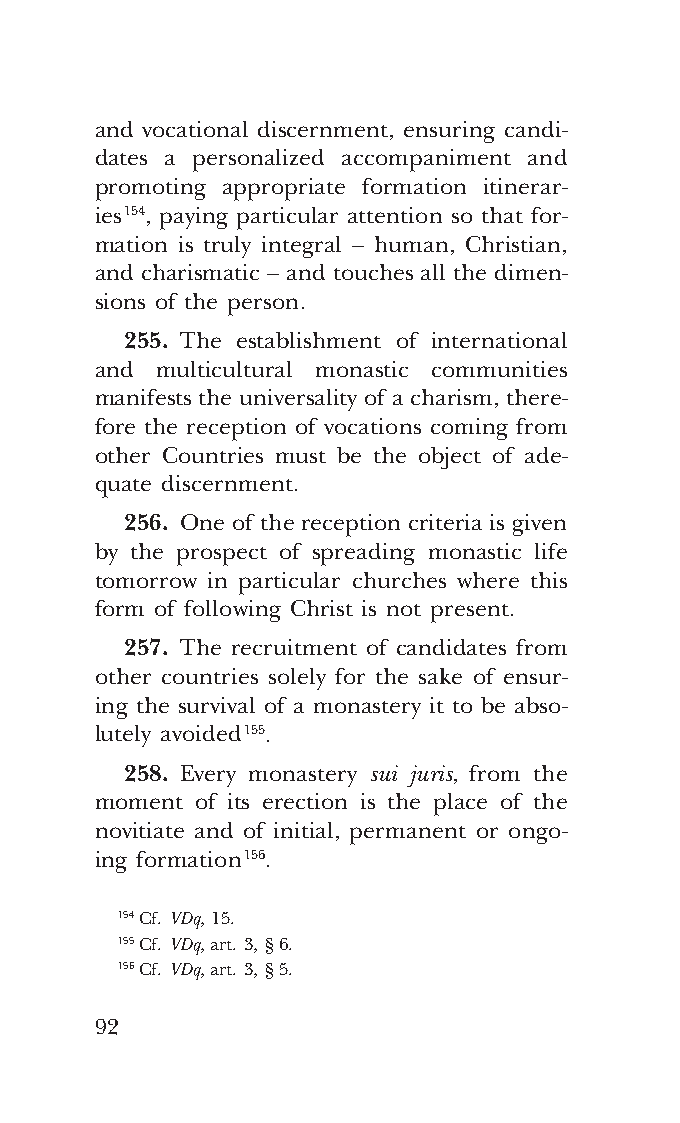
COR ORANS – NUOVO FORMATO – INGLESE 2ª BOZZA – 24 maggio 2018 – 11:12
 and vocational discernment, ensuring candi-
 dates a personalized accompaniment and
 promoting appropriate formation itinerar-
 ies 154, paying particular attention so that for-
 mation is truly integral – human, Christian,
 and charismatic – and touches all the dimen-
 sions of the person.
 255. The establishment of international
 and multicultural monastic communities
 manifests the universality of a charism, there-
 fore the reception of vocations coming from
 other Countries must be the object of ade-
 quate discernment.
 256. One of the reception criteria is given
 by the prospect of spreading monastic life
 tomorrow in particular churches where this
 form of following Christ is not present.
 257. The recruitment of candidates from
 other countries solely for the sake of ensur-
 ing the survival of a monastery it to be abso-
 lutely avoided 155.
 258. Every monastery sui juris, from the
 moment of its erection is the place of the
 novitiate and of initial, permanent or ongo-
 ing formation 156.
 154 Cf. VDq, 15.
 155 Cf. VDq, art. 3, § 6.
 156 Cf. VDq, art. 3, § 5.
 92